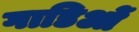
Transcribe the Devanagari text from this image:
गाडिओं